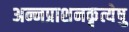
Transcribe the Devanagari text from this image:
अन्नप्राशनकृत्येषु